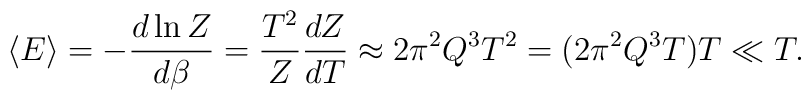
\langle E \rangle = -{d\ln{Z}\over d\beta} = {T^2\over Z}{dZ\over dT} 	\approx 2\pi^2 Q^3 T^2 = (2\pi^2 Q^3 T) T \ll T.